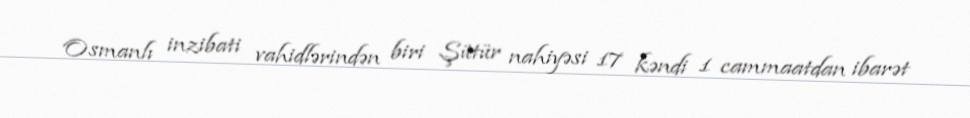
Osmanlı inzibati vahidlərindən biri Şütür nahiyəsi 17 kəndi 1 cammaatdan ibarət